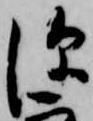
深